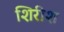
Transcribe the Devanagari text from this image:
शिरीश